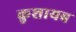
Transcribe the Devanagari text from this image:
कुशायब